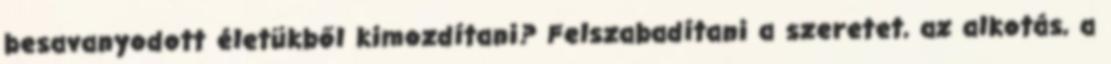
besavanyodott életükből kimozdítani? Felszabadítani a szeretet, az alkotás, a